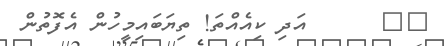
٣٧      އަދި ކިއެއްތަ! ތިޔަބައިމީހުން އެފޮތުން